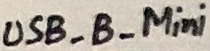
Text: UDB_B_Mini